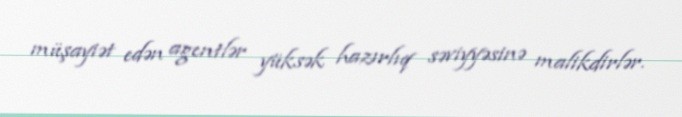
müşayiət edən agentlər yüksək hazırlıq səviyyəsinə malikdirlər.